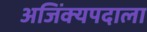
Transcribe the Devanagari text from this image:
अजिंक्यपदाला